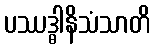
ပဿဒ္ဓါနိသံသာတိ